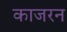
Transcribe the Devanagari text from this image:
काजरन